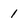
Character: 1